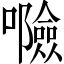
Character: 𱕤